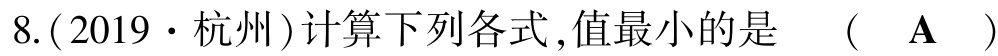
8.(2019·杭州)计算下列各式,值最小的是 （ A ）